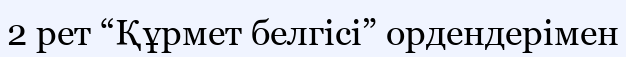
2 рет “Құрмет белгісі” ордендерімен